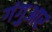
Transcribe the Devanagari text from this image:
गंगुआर